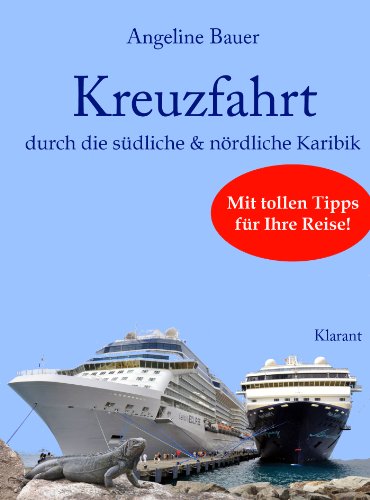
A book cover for Kreuzfahrt ReisefÃ¼hrer durch die sÃ¼dliche und nÃ¶rdliche Karibik. Curacao, St. Lucia, Martinique, Barbados, Grenada, Dominica, Guadeloupe, Antigua, uvm! (German Edition); Angeline Bauer; Travel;